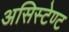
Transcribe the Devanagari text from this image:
असिस्टेण्ट